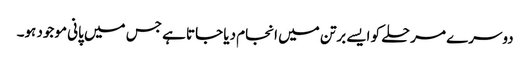
دوسرے مرحلے کو ایسے برتن میں انجام دیا جاتا ہے جس میں پانی موجود ہو۔